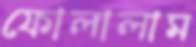
ফোলালাম